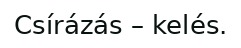
Csírázás – kelés.